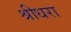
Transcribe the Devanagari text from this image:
श्रीधरा